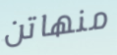
منهاتن